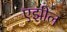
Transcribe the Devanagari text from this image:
एझील